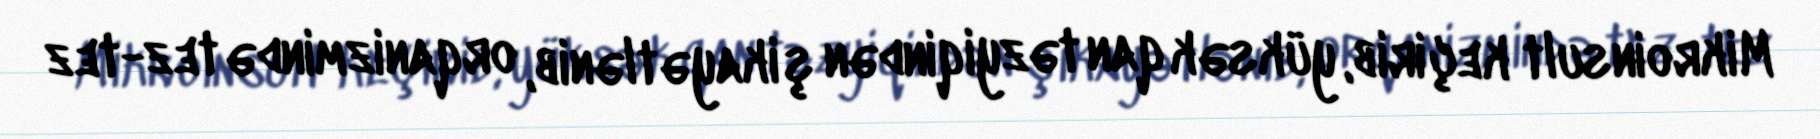
Mikroinsult keçirib, yüksək qan təzyiqindən şikayətlənib, orqanizmində tez-tez